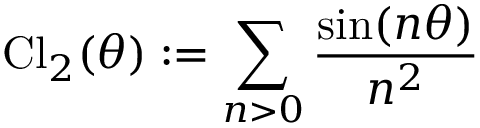
\mathrm { C l } _ { 2 } ( \theta ) : = \sum _ { n > 0 } \frac { \sin ( n \theta ) } { n ^ { 2 } }